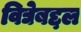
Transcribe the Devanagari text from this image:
विद्येबद्दल